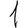
Digit: 1